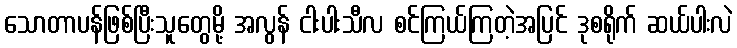
သောတာပန်ဖြစ်ပြီးသူတွေမို့ အလွန် ငါးပါးသီလ စင်ကြယ်ကြတဲ့အပြင် ဒုစရိုက် ဆယ်ပါးလဲ